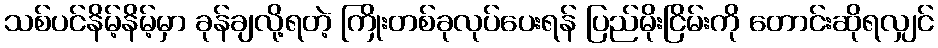
သစ်ပင်နိမ့်နိမ့်မှာ ခုန်ချလို့ရတဲ့ ကြိုးတစ်ခုလုပ်ပေးရန် ပြည်မိုးငြိမ်းကို တောင်းဆိုရလျှင်